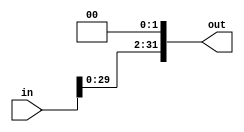
module shift_left #
(
  parameter DATA_WIDTH   = 32 ,
  parameter SHIFT_TIMES  = 2
)
(
  input  wire [DATA_WIDTH-1:0] in  , 
  
  output wire [DATA_WIDTH-1:0] out 
);

assign out = in << SHIFT_TIMES;

endmodule